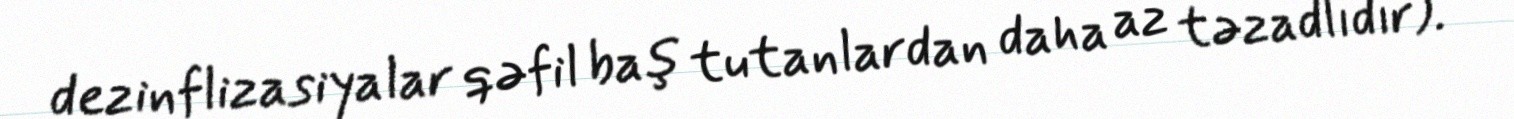
dezinflizasiyalar qəfil baş tutanlardan daha az təzadlıdır).